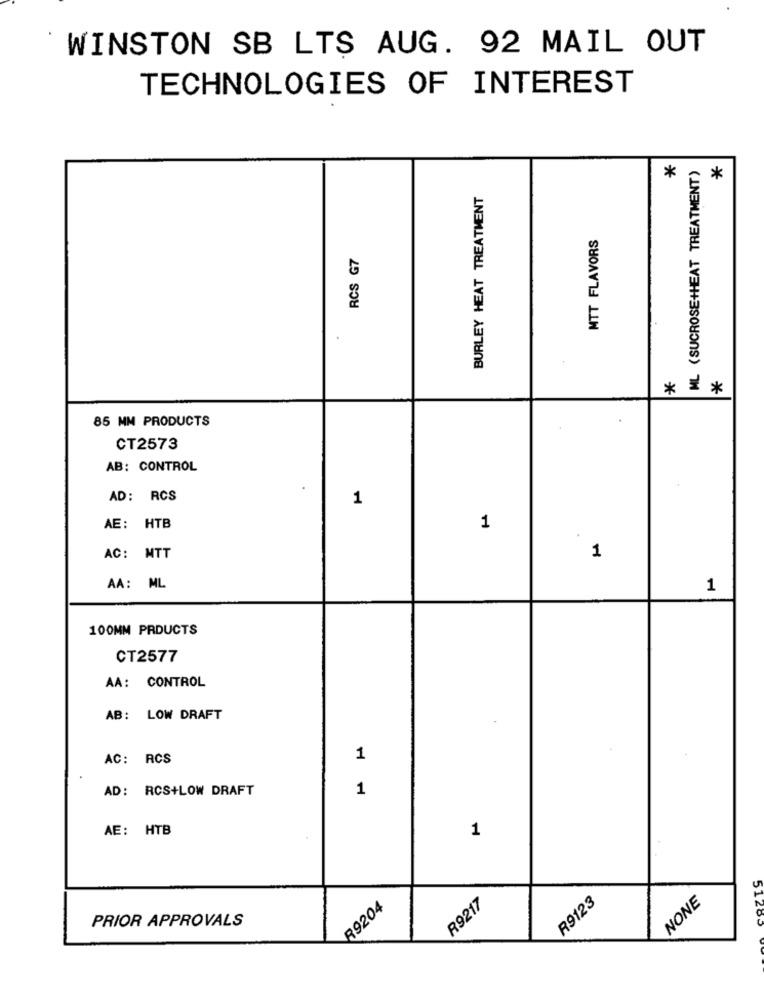
WINSTON SB LTS AUG. 92 MAIL OUT
TECHNOLOGIES OF INTEREST
ML (SUCROSE+HEAT TREATMENT)
*
*
BURLEY HEAT TREATMENT
MTT FLAVORS
RCS G7
* **
85 MM PRODUCTS
CT2573
AB: CONTROL
AD: RCS
1
AE: HTB
1
AC: MTT
1
AA: ML
1
100MM PRDUCTS
CT2577
AA: CONTROL
AB: LOW DRAFT
AC: RCS
1
AD: RCS+LOW DRAFT
1
AE: HTB
1
COZIS
89204
R9217
R9123
NONE
PRIOR APPROVALS